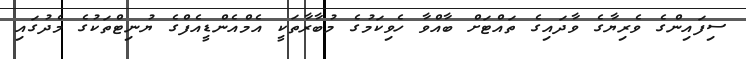
ސިފައިންގެ ވެރިޔާގެ ވާދައިގެ ތައްޓަށް ބާއްވާ ހެވިކަމުގެ މުބާރާތަކީ އެމްއެންޑީއެފްގެ ޔުނިޓްތަކުގެ މެދުގައި